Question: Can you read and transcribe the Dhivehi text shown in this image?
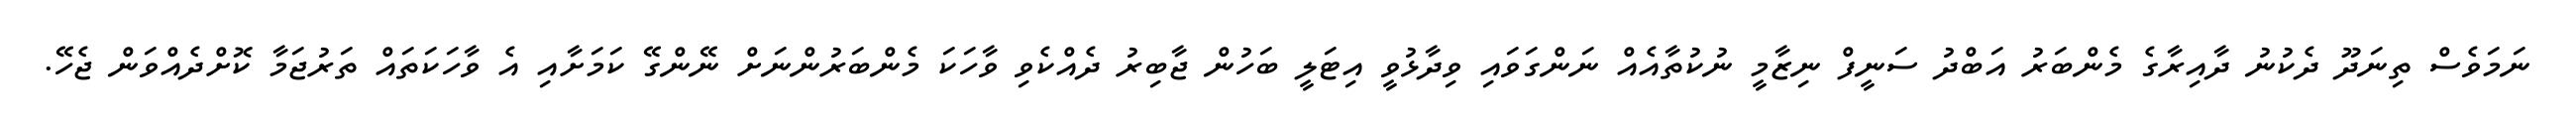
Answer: ނަމަވެސް ތިނަދޫ ދެކުނު ދާއިރާގެ މެންބަރު އަބްދު ސަނީފް ނިޒާމީ ނުކުތާއެއް ނަންގަވައި ވިދާޅުވީ އިޓަލީ ބަހުން ޖާބިރު ދެއްކެވި ވާހަކަ މެންބަރުންނަށް ނޭންގޭ ކަމަށާއި އެ ވާހަކަތައް ތަރުޖަމާ ކޮށްދެއްވަން ޖެހޭ.